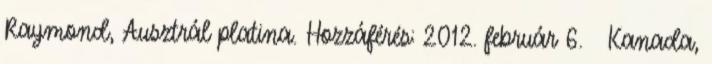
Raymond, Ausztrál platina. Hozzáférés: 2012. február 6. ↑ Kanada,